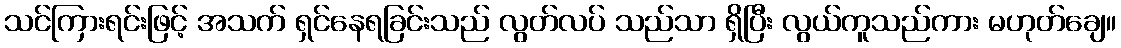
သင်ကြားရင်းဖြင့် အသက် ရှင်နေရခြင်းသည် လွတ်လပ် သည်သာ ရှိပြီး လွယ်ကူသည်ကား မဟုတ်ချေ။